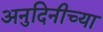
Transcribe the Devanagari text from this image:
अनुदिनीच्या